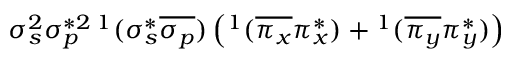
\sigma _ { s } ^ { 2 } \sigma _ { p } ^ { * 2 } { } \, ^ { 1 } ( \sigma _ { s } ^ { * } \overline { { \sigma _ { p } } } ) \left( ^ 1 ( \overline { { \pi _ { x } } } \pi _ { x } ^ { * } ) + { } ^ { 1 } ( \overline { { \pi _ { y } } } \pi _ { y } ^ { * } ) \right)